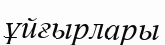
ұйғырлары